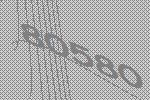
80580